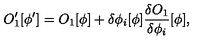
O _ { 1 } ^ { \prime } [ \phi ^ { \prime } ] = O _ { 1 } [ \phi ] + \delta \phi _ { i } [ \phi ] { \frac { \delta O _ { 1 } } { \delta \phi _ { i } } } [ \phi ] ,